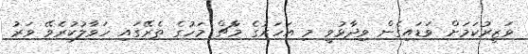
ވަޒީރުކަމަށް ވަޑައިގެން ވިދާޅުވީ މި އަހަރުގެ މާޗް މަހުގެ ތެރޭގައި ހަވާލުކުރެވޭ ވަރު